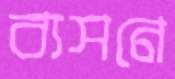
ব্যসনে